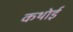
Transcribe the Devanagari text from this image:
कथोई